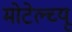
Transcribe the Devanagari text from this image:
मोटेल्च्यू